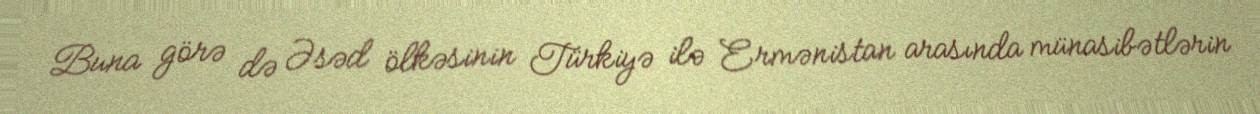
Buna görə də Əsəd ölkəsinin Türkiyə ilə Ermənistan arasında münasibətlərin